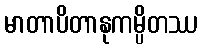
မာတာပိတာနုကမ္ပိတဿ